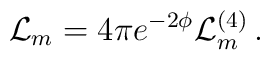
\mathcal{L}_m = 4\pi e^{-2\phi} \mathcal{L}^{(4)}_m\, .